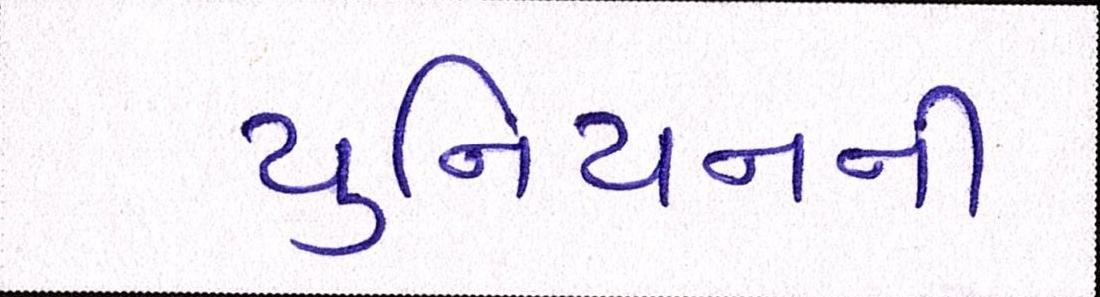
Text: યુનિયનની